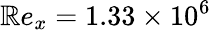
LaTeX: \mathbb{R}e_{x}=1.33\times10^{6}